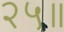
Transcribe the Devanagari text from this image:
२५॥